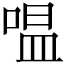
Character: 嗢